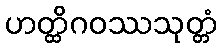
ဟတ္ထိဂဝဿသုတ္တံ